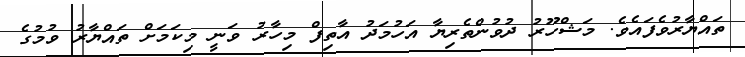
ތައްޔާރުވެފައެވެ. މަޝްހޫރު ދުވުންތެރިޔާ އަހުމަދު އާތިފް މިހާރު ވަނީ މިކަމަށް ތައްޔާރު ވުމުގެ